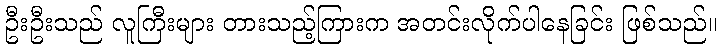
ဦးဦးသည် လူကြီးများ တားသည့်ကြားက အတင်းလိုက်ပါနေခြင်း ဖြစ်သည်။